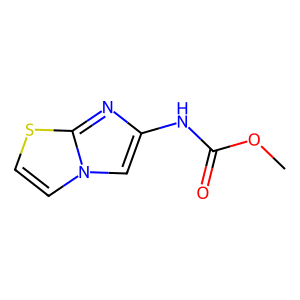
SMILES: COC(=O)Nc1cn2ccsc2n1
Inhibits HIV replication: No